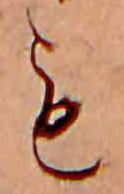
も